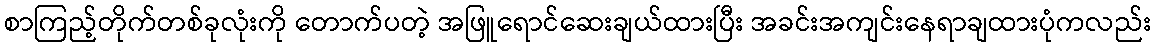
စာကြည့်တိုက်တစ်ခုလုံးကို တောက်ပတဲ့ အဖြူရောင်ဆေးချယ်ထားပြီး အခင်းအကျင်းနေရာချထားပုံကလည်း